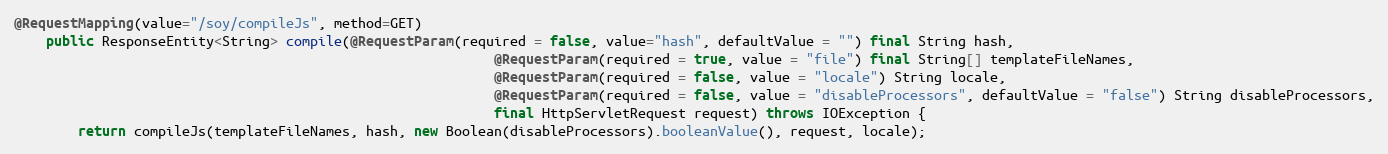
Language: Java
@RequestMapping(value="/soy/compileJs", method=GET)
    public ResponseEntity<String> compile(@RequestParam(required = false, value="hash", defaultValue = "") final String hash,
                                                            @RequestParam(required = true, value = "file") final String[] templateFileNames,
                                                            @RequestParam(required = false, value = "locale") String locale,
                                                            @RequestParam(required = false, value = "disableProcessors", defaultValue = "false") String disableProcessors,
                                                            final HttpServletRequest request) throws IOException {
        return compileJs(templateFileNames, hash, new Boolean(disableProcessors).booleanValue(), request, locale);